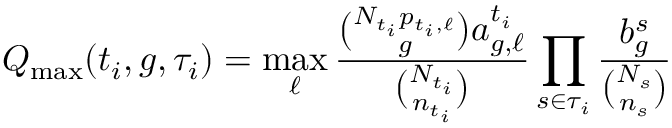
Q _ { \operatorname* { m a x } } ( t _ { i } , g , \tau _ { i } ) = \operatorname* { m a x } _ { \ell } \frac { \binom { N _ { t _ { i } } p _ { t _ { i } , \ell } } { g } a _ { g , \ell } ^ { t _ { i } } } { \binom { N _ { t _ { i } } } { n _ { t _ { i } } } } \prod _ { s \in \tau _ { i } } \frac { b _ { g } ^ { s } } { \binom { N _ { s } } { n _ { s } } }